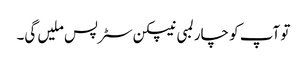
تو آپ کو چار لمبی نیپکن سٹرپس ملیں گی۔